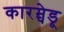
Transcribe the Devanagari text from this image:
कारम्चेडू